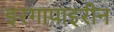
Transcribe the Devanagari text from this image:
इरगापाइरीन